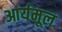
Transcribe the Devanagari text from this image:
आर्यमूल